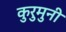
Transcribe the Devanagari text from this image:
कुरुमुनी